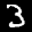
Label: 3